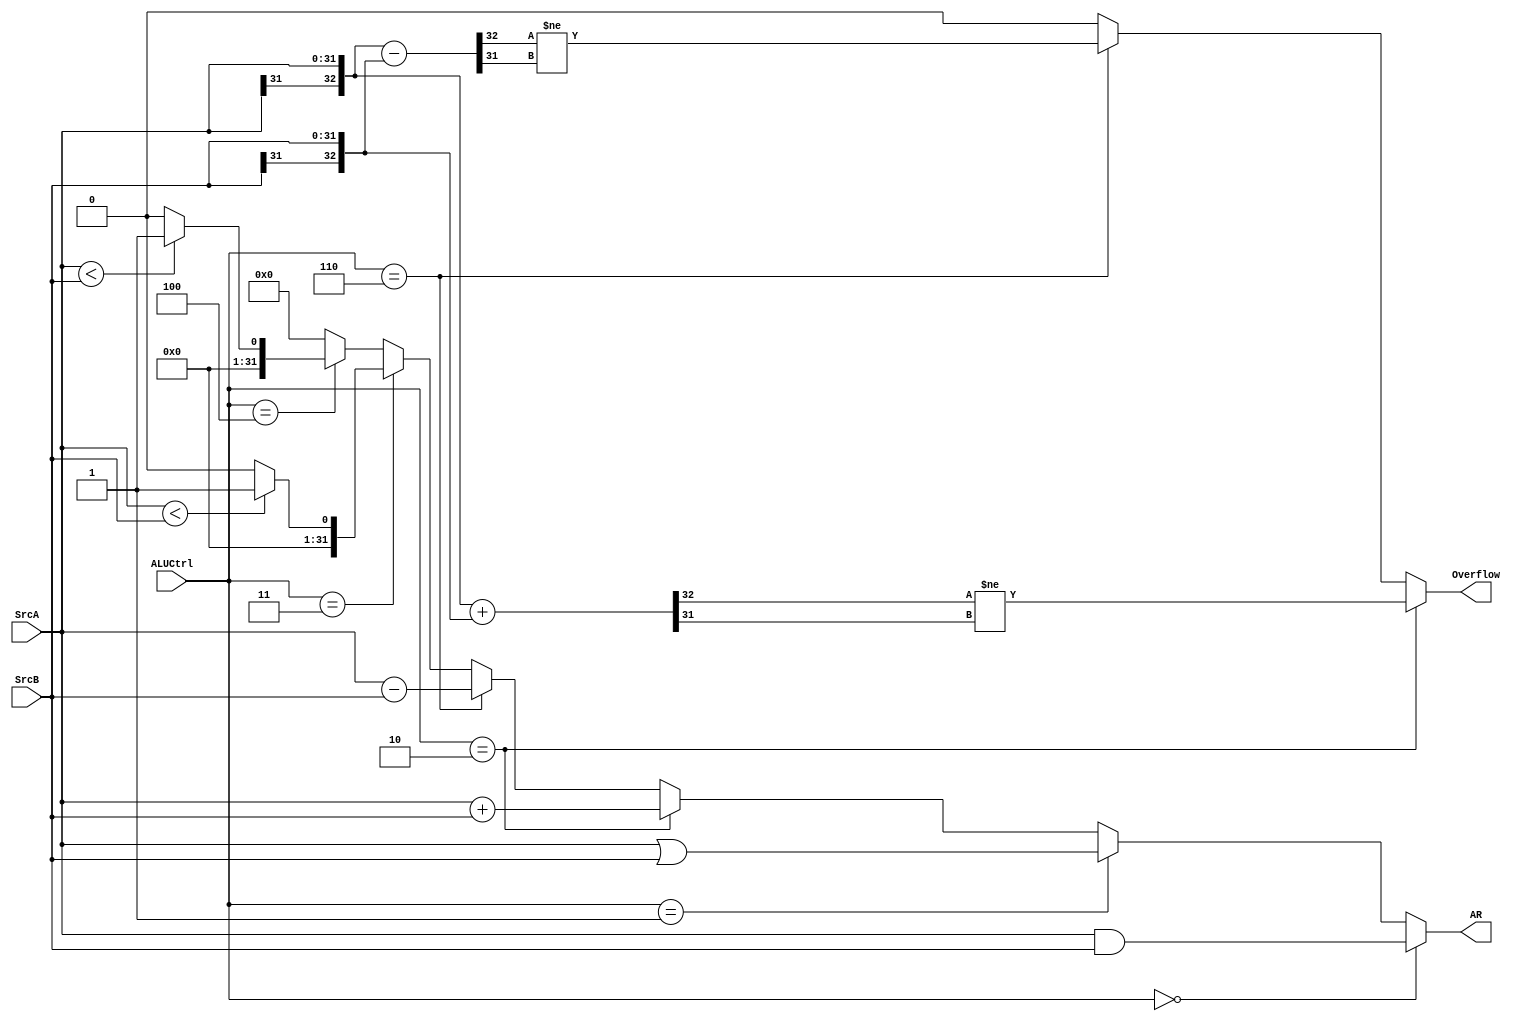
module ALU (
    //input
    input [31:0] SrcA,
    input [31:0] SrcB,
    input [2:0] ALUCtrl,
    //output
    output [31:0] AR,
    output Overflow
);

    reg [31:0] temp_slt,temp_sltu;
    always @(*) begin
        if ($signed(SrcA) < $signed(SrcB)) begin
            temp_slt <= 32'h0000_0001;
        end
        else begin
            temp_slt <= 32'h0000_0000;
        end
        if ({1'b0,SrcA} < {1'b0,SrcB}) begin
            temp_sltu <= 32'h0000_0001;
        end
        else begin
            temp_sltu <= 32'h0000_0000;
        end
    end

    assign AR = (ALUCtrl == 3'b000) ? (SrcA & SrcB) :
                (ALUCtrl == 3'b001) ? (SrcA | SrcB) :
                (ALUCtrl == 3'b010) ? (SrcA + SrcB) :
                (ALUCtrl == 3'b110) ? (SrcA - SrcB) :
				    (ALUCtrl == 3'b011) ? temp_slt :
				    (ALUCtrl == 3'b100) ? temp_sltu :
                32'h0000_0000;

    //Overflow
    wire [32:0] exSrcA,exSrcB,exAdd,exSub;
    assign exSrcA = {SrcA[31],SrcA};
    assign exSrcB = {SrcB[31],SrcB};
    assign exAdd = exSrcA + exSrcB;
    assign exSub = exSrcA - exSrcB;
    assign Overflow = (ALUCtrl == 3'b010) ? (exAdd[32] != exAdd[31]) :
                      (ALUCtrl == 3'b110) ? (exSub[32] != exSub[31]) :
                      1'b0;
    
endmodule